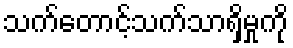
သက်တောင့်သက်သာရှိမှုကို